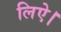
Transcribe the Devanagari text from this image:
लिऐ।